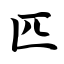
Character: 匹